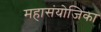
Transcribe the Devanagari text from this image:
महासंयोजिका